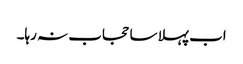
اب پہلا سا حجاب نہ رہا۔